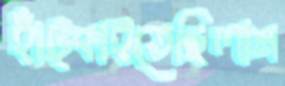
হাঁট্‌কাইতেছিলাম